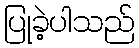
ပြုခဲ့ပါသည်